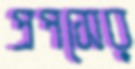
প্রপসের